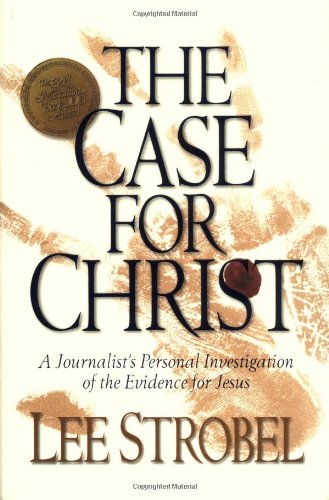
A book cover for The Case for Christ: A Journalist's Personal Investigation of the Evidence for Jesus; Lee Strobel; Christian Books & Bibles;